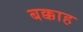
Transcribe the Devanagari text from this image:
बक्काह